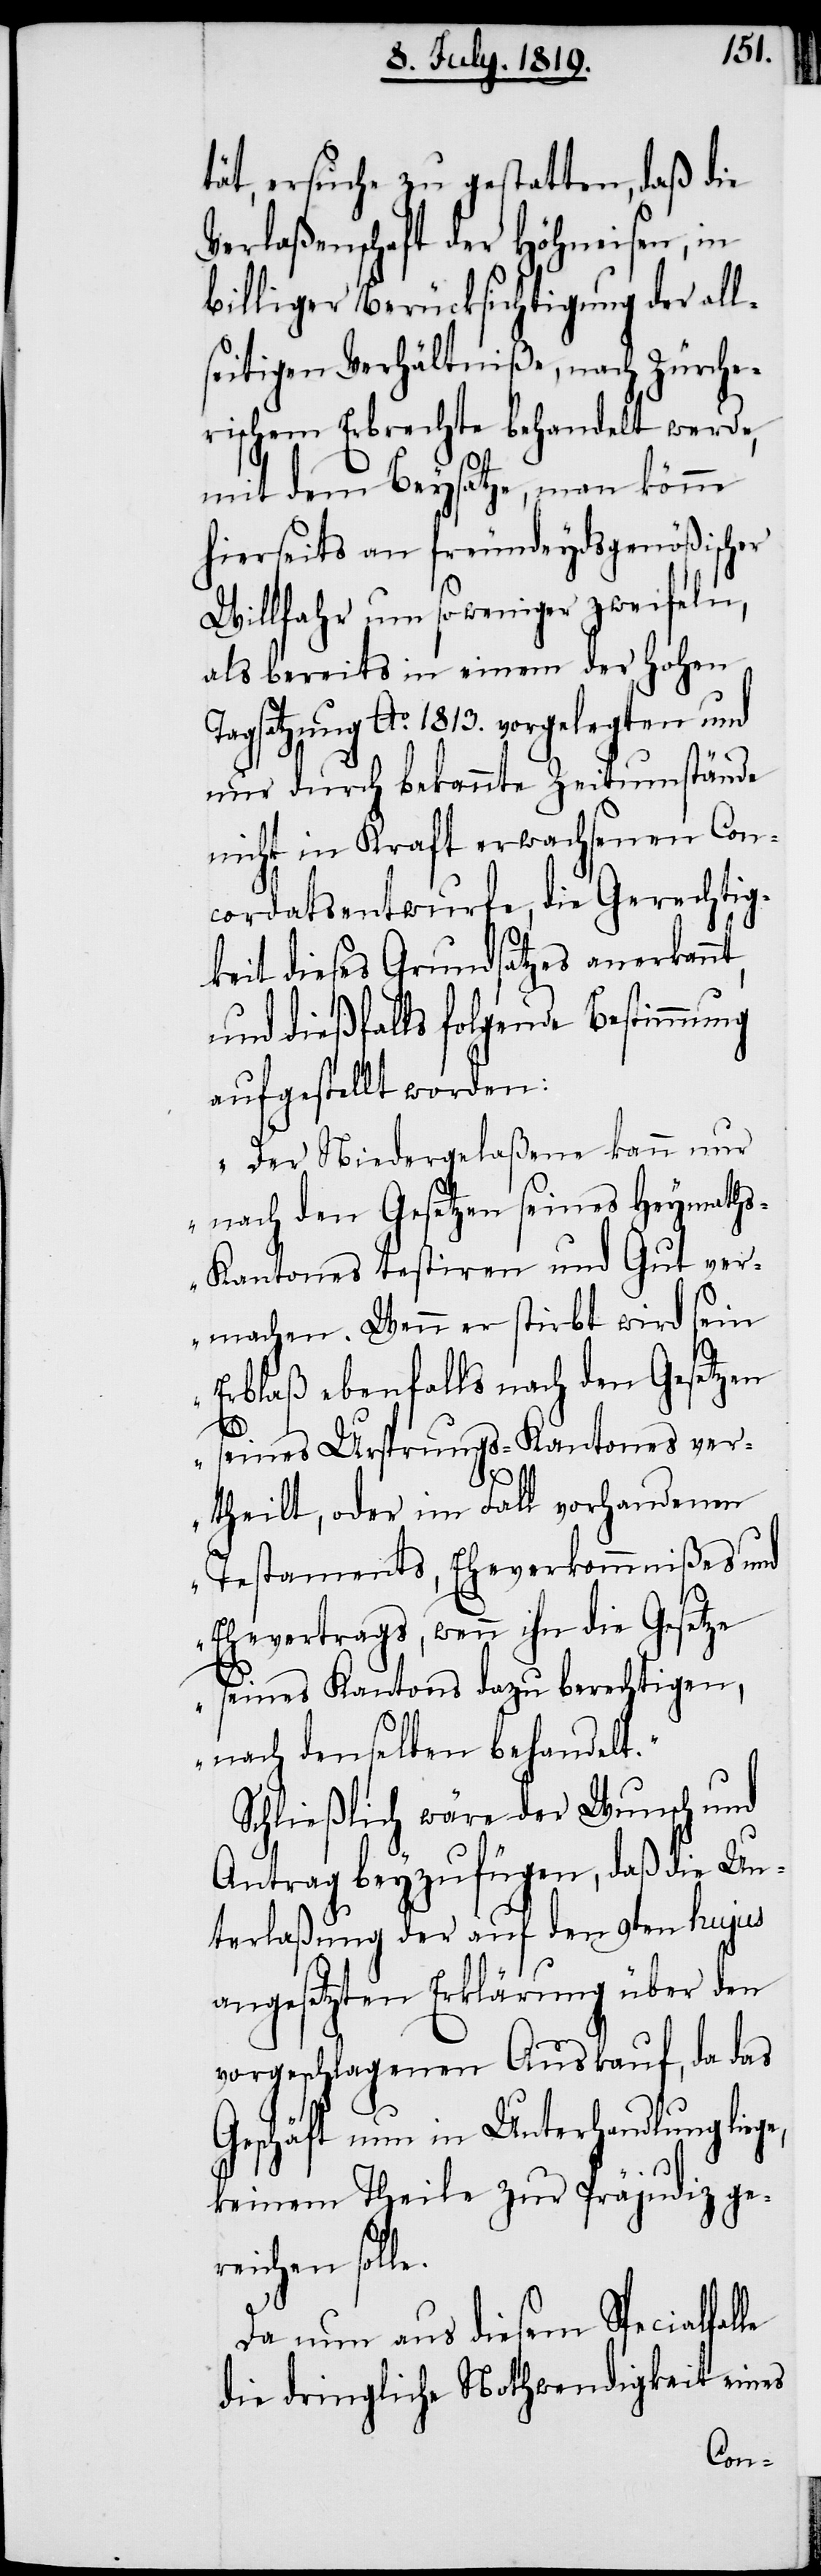
tät, ersuche zu gestatten, daß die
Verlaßenschaft der Höhneisen, in
billiger Berücksichtigung der all¬
seitigen Verhältniße, nach Zürche¬
rischem Erbrechte behandelt werde,
mit dem Beysatze, man könne
hierseits an freundeydsgenößischer
Willfahr um so weniger zweifeln,
als bereits in einem der hohen
agsatzung Ao. 1813. vorgelegten und
nur durch bekannte Zeitumstände
nicht in Kraft erwachsenen Con¬
cordatsentwurfe, die Gerechtig¬
keit dieses Grundsatzes anerkannt,
und dießfalls folgende Bestimmung
aufgestellt worden:
„Der Niedergelaßene kann nur
nach den Gesetzen seines Heymath¬
s-Kantones testiren und Gut ver¬
machen. Wenn er stirbt wird sein
Erblaß ebenfalls nach den Gesetzen
seines Ursprungs-Kantones ver¬
e,
theilt, oder im Fall vorhandenen
Testaments, Eheverkommnißes und
Ehevertrags, wenn ihn die Gesetz¬
e seines Kantons dazu berechtigen,
nach denselben behandelt.“
Schließlich wäre der Wunsch und
Antrag beyzufügen, daß die Un¬
terlaßung der auf den 9ten hujus
angesetzten Erklärung über den
vorgeschlagenen Auskauf, da das
Geschäft nun in Unterhandlung lieg¬
keinem Theile zur Präjudiz ge¬
reichen solle.
Da nun aus diesem Specialfalle
die dringliche Nothwendigkeit eines